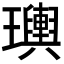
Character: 𤫌